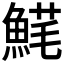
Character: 𩸚